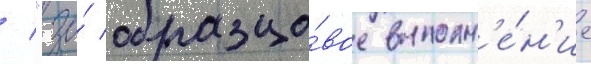
/ "за́ образцо́вое выполн'е́н'ие